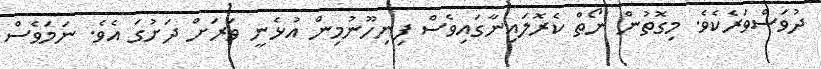
ދުވަސްވަރެކެވެ. މިގޮތުން ނޯތް ކެރޮލައިނާގައިވެސް ފިނިހޫނުމިން އުޅެނީ ވަރަށް ދަށުގަ އެވެ. ނަމަވެސް